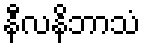
နီလနိဘာသံ